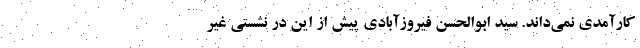
کارآمدی نمی‌داند. سید ابوالحسن فیروزآبادی پیش از این در نشستی غیر